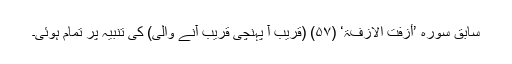
سابق سورہ ’أَزِفَتْ الْاٰزِفَۃُ‘ (۵۷) (قریب آ پہنچی قریب آنے والی) کی تنبیہ پر تمام ہوئی۔